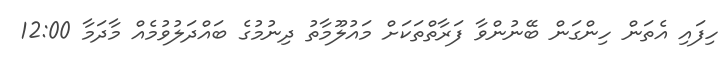
ހިފައި އެތަން ހިންގަން ބޭނުންވާ ފަރާތްތަކަށް މައުލޫމާތު ދިނުމުގެ ބައްދަލުވުމެއް މާދަމާ 12:00